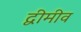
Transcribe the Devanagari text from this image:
द्वीमीव